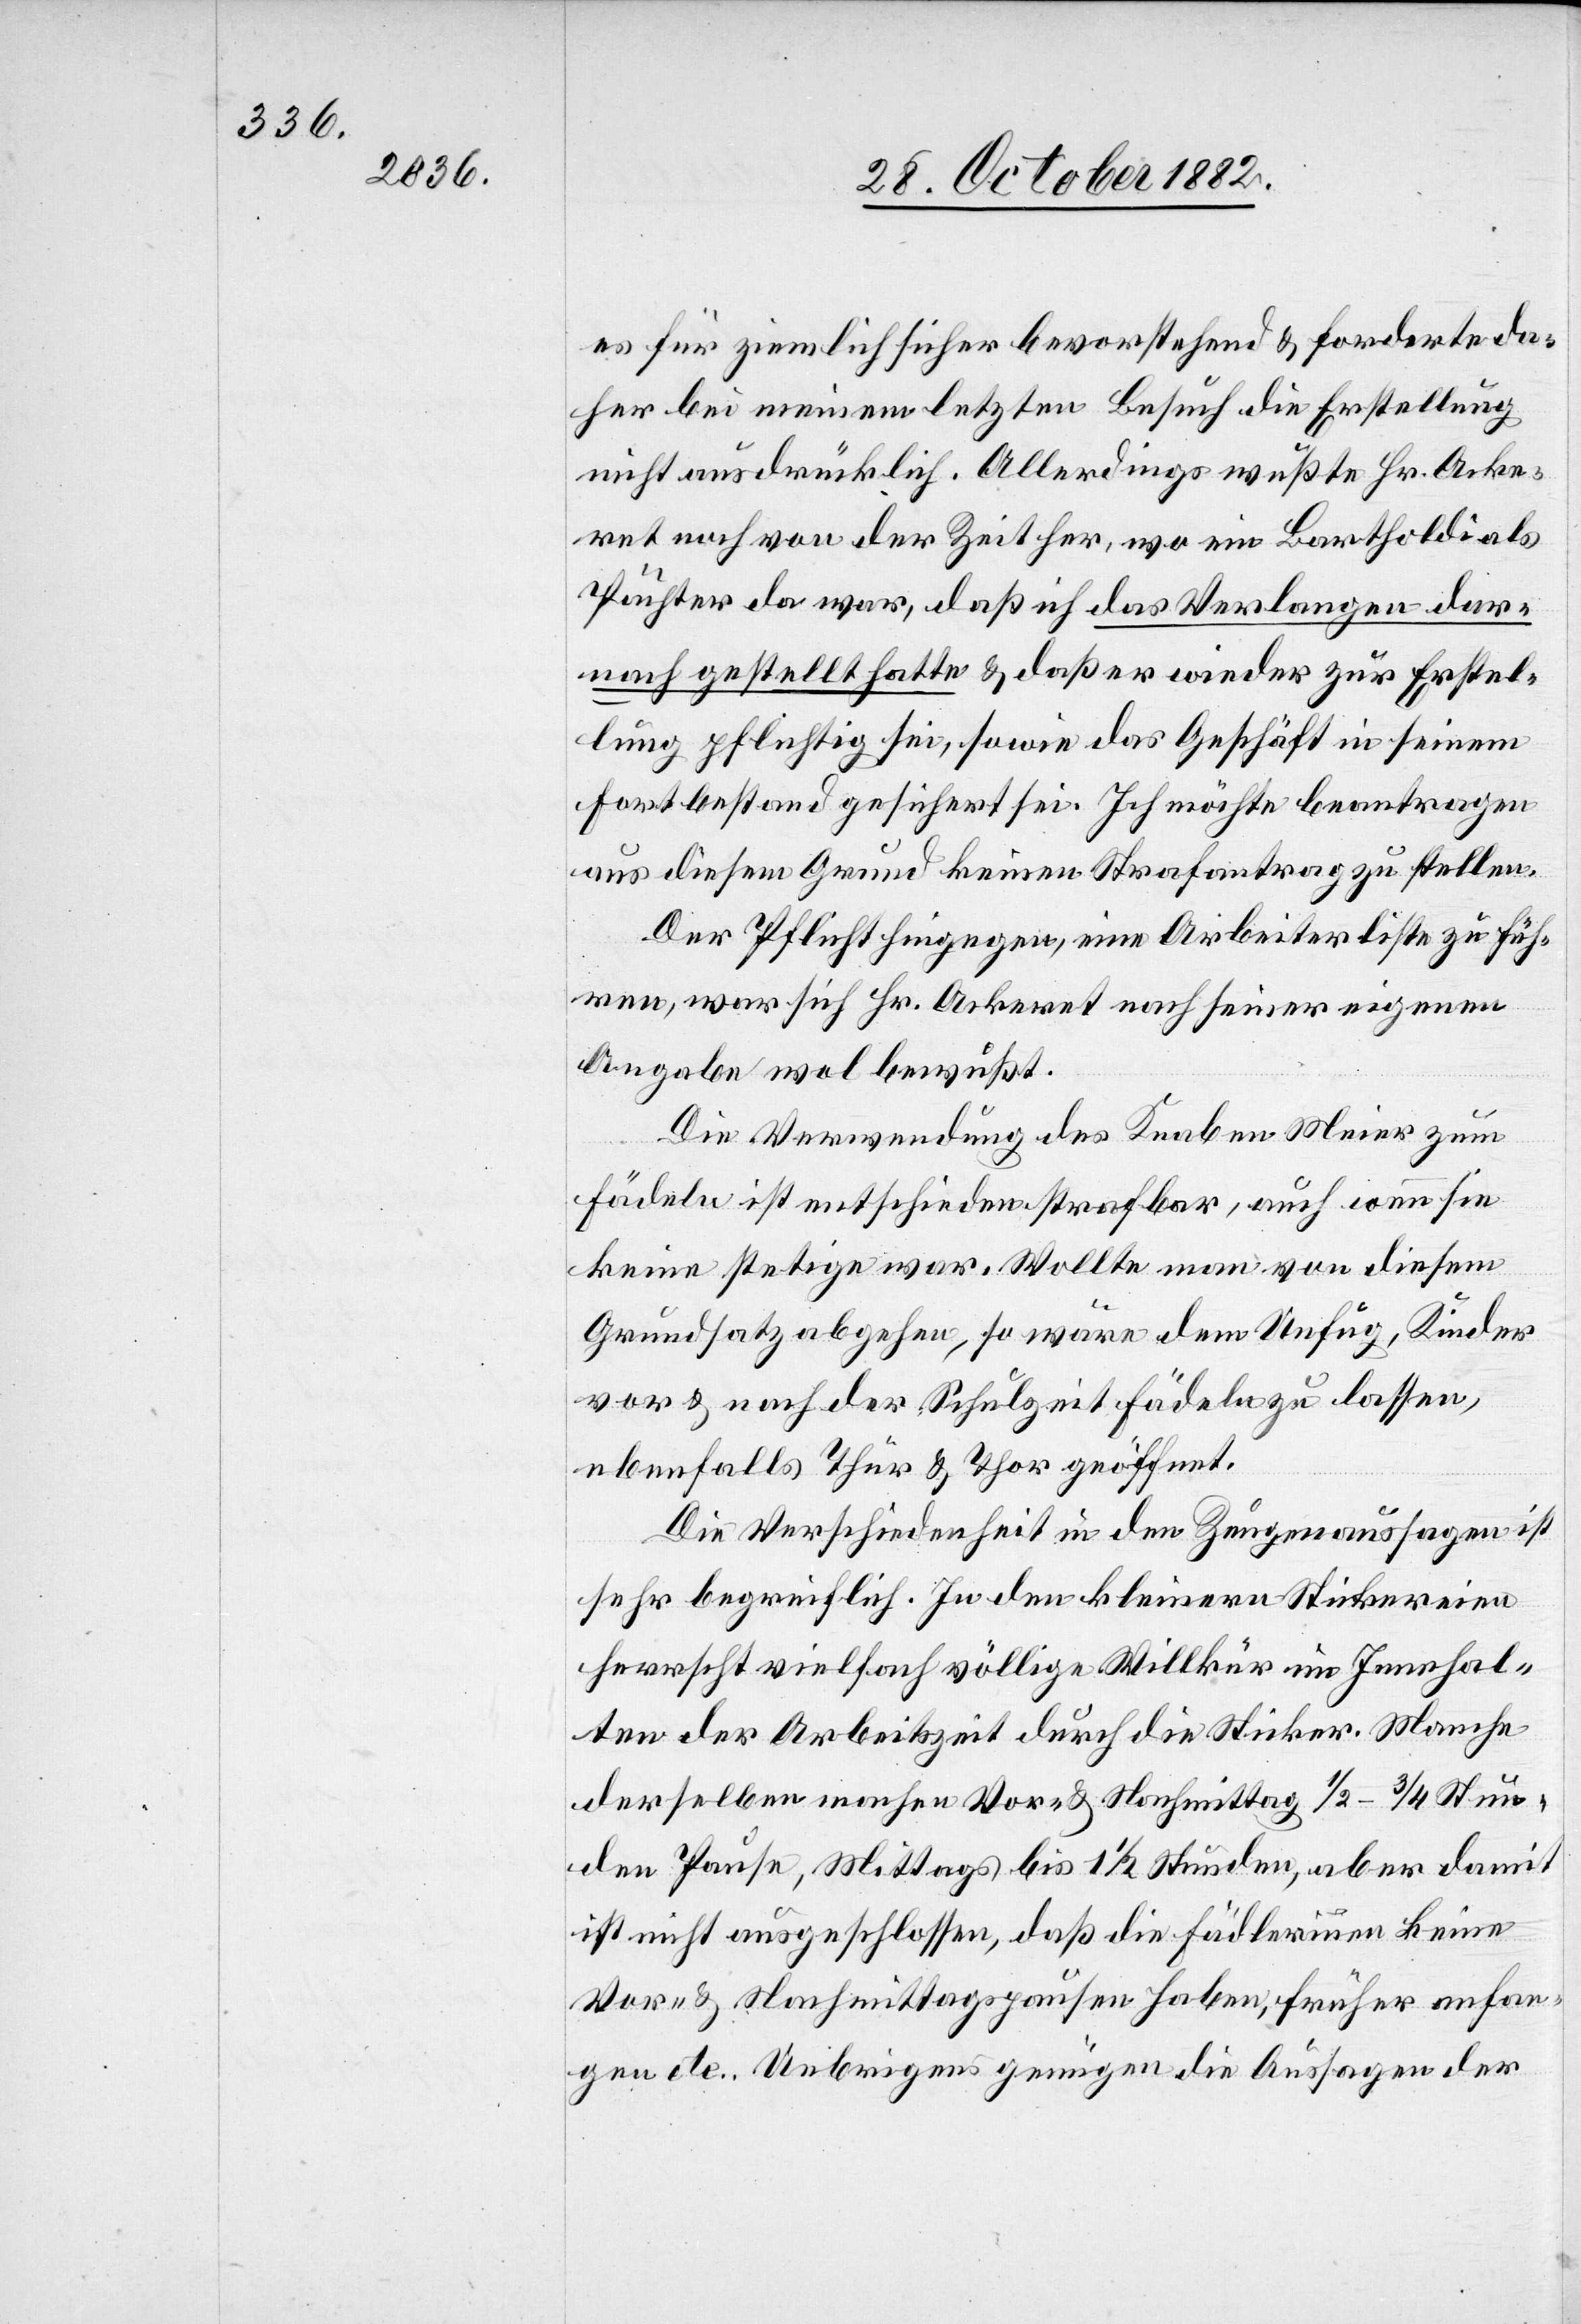
es für ziemlich sicher bevorstehend & forderte da¬
her bei meinem letzten Besuch die Erstellung
nicht ausdrücklich. Allerdings wußte Hr. Acke¬
ret noch von der Zeit her, wo ein Bartholdi als
Pächter da war, daß ich das Verlangen dar¬
nach gestellt hatte & daß er wieder zur Erstel¬
lung pflichtig sei, sowie das Geschäft in seinem
Fortbestand gesichert sei. Ich möchte beantragen
aus diesem Grund keinen Strafantrag zu stellen.
Der Pflicht hingegen, eine Arbeiterliste zu füh¬
ren, war sich Hr. Ackeret nach seiner eigenen
Angabe wol bewußt.
Die Verwendung des Knaben Meier zum
Fädeln ist entschieden strafbar, auch wenn sie
keine stetige war. Wolle man von diesem
Grundsatz abgehen, so wäre dem Unfug, Kinder
vor & nach der Schulzeit fädeln zu lassen,
ebenfalls Thür & Thor geöffnet.
Die Verschiedenheit in den Zeugenaussagen ist
sehr begreiflich. In den kleinern Stickereien
herrscht vielfach völlige Willkür im Innehal¬
ten der Arbeitszeit durch die Sticker. Manche
derselben machen Vor- & Nachmittag 1/2–3/4 Stun¬
den Pause, Mittags bis 1 1/2 Stunden, aber damit
ist nicht ausgeschlossen, daß die Fädlerinnen keine
Vor- & Nachmittagspausen haben, früher anfan¬
gen etc. Uebrigens genügen die Aussagen der